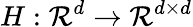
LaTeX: H:\mathcal{R}^{d}\rightarrow\mathcal{R}^{d\times d}